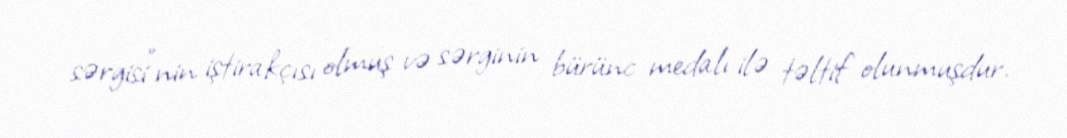
sərgisi”nin iştirakçısı olmuş və sərginin bürünc medalı ilə təltif olunmuşdur.